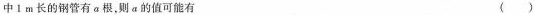
中1m长的钢管有α根，则a的值可能有 （）